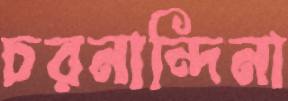
চরনান্দিনা